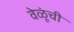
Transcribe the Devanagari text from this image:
वेळूंची